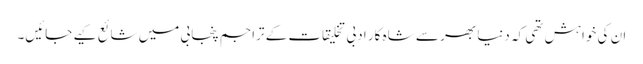
ان کی خواہش تھی کہ دنیا بھر سے شاہ کار ادبی تخلیقات کے تراجم پنجابی میں شائع کیے جائیں۔